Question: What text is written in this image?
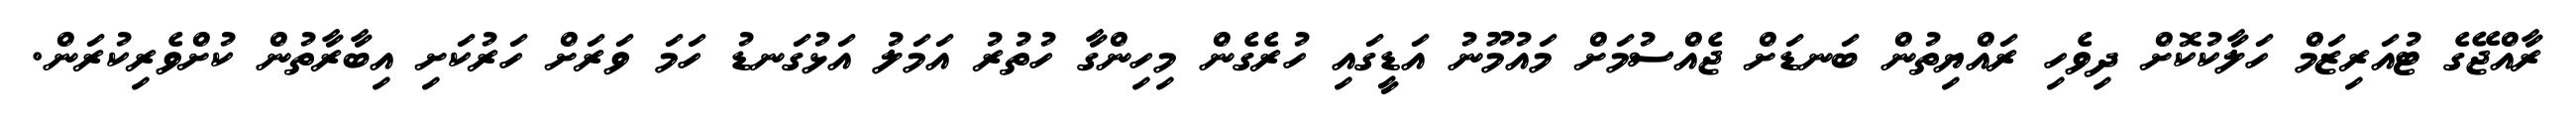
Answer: ރާއްޖޭގެ ޓުއަރިޒަމް ހަލާކުކޮށް ދިވެހި ރައްޔިތުން ބަނޑަށް ޖެއްސުމަށް މައުމޫނު އަޑީގައި ހުރެގެން މިހިންގާ ހުތުރު އަމަލު އަޅުގަނޑު ހަމަ ވަރަށް ހަރުކަށި އިބާރާތުން ކުށްވެރިކުރަން.